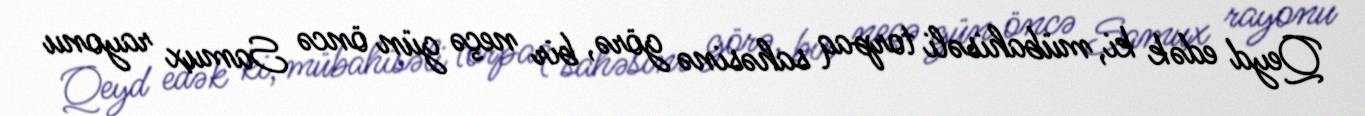
Qeyd edək ki, mübahisəli torpaq sahəsinə görə, bir neçə gün öncə Samux rayonu